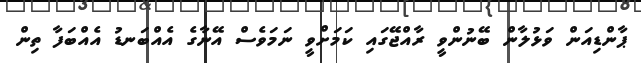
ޕާންޑިއަން ވަޅުލާން ބޭނުންވީ ރާއްޖޭގައި ކަމަށްވީ ނަމަވެސް އޭނާގެ އެއްބަނޑު އެއްްބަފާ ތިން